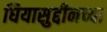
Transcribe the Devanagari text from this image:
घियासुद्दीनच्या